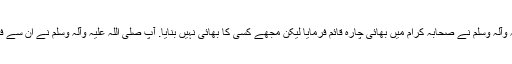
آپ صلی اللہ علیہ وآلہ وسلم نے صحابہ کرام میں بھائی چارہ قائم فرمایا لیکن مجھے کسی کا بھائی نہیں بنایا. آپ صلی اللہ علیہ وآلہ وسلم نے ان سے فرمایا : (اے علی!